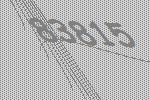
83815